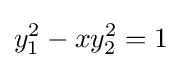
y_{1}^{2}-xy_{2}^{2}=1